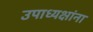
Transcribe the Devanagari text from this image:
उपाध्यक्षांना